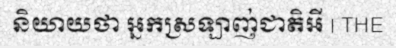
និយាយថា អ្នកស្រឡាញ់ជាតិអី | THE